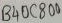
Text: B40C800